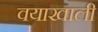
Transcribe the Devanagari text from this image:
वयाखाली